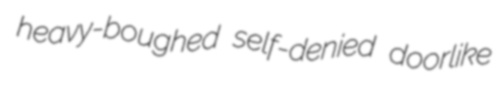
heavy-boughed self-denied doorlike